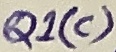
Text: Q1(c)